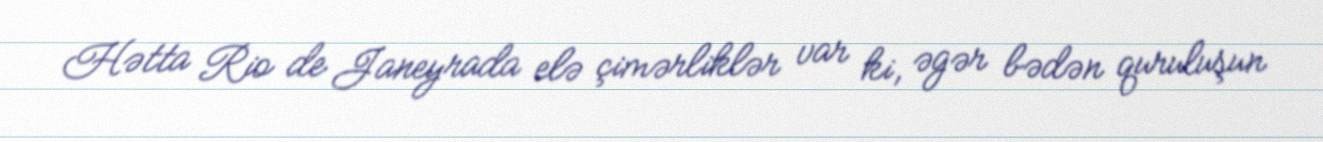
Hətta Rio de Janeyrada elə çimərliklər var ki, əgər bədən quruluşun